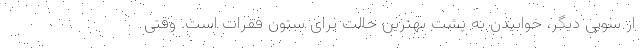
از سویی دیگر، خوابیدن به پشت بهترین حالت برای ستون فقرات است. وقتی